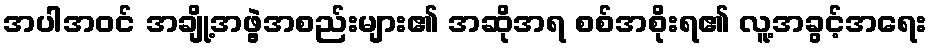
အပါအဝင် အချို့အဖွဲ့အစည်းများ၏ အဆိုအရ စစ်အစိုးရ၏ လူ့အခွင့်အရေး